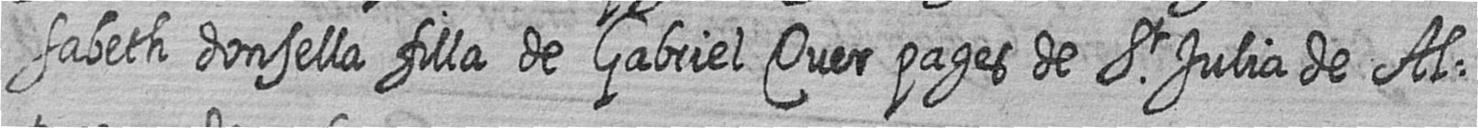
sabeth donsella filla de Gabriel Quer pages de St Julia de Al=